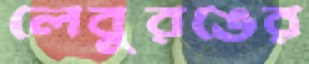
লেবুরঙের